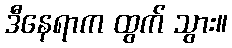
ဒီနေရာက ထွက် သွား။